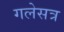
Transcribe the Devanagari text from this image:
गलेसत्र